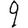
Digit: 9